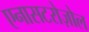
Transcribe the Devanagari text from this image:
एनासटरोज़ोल